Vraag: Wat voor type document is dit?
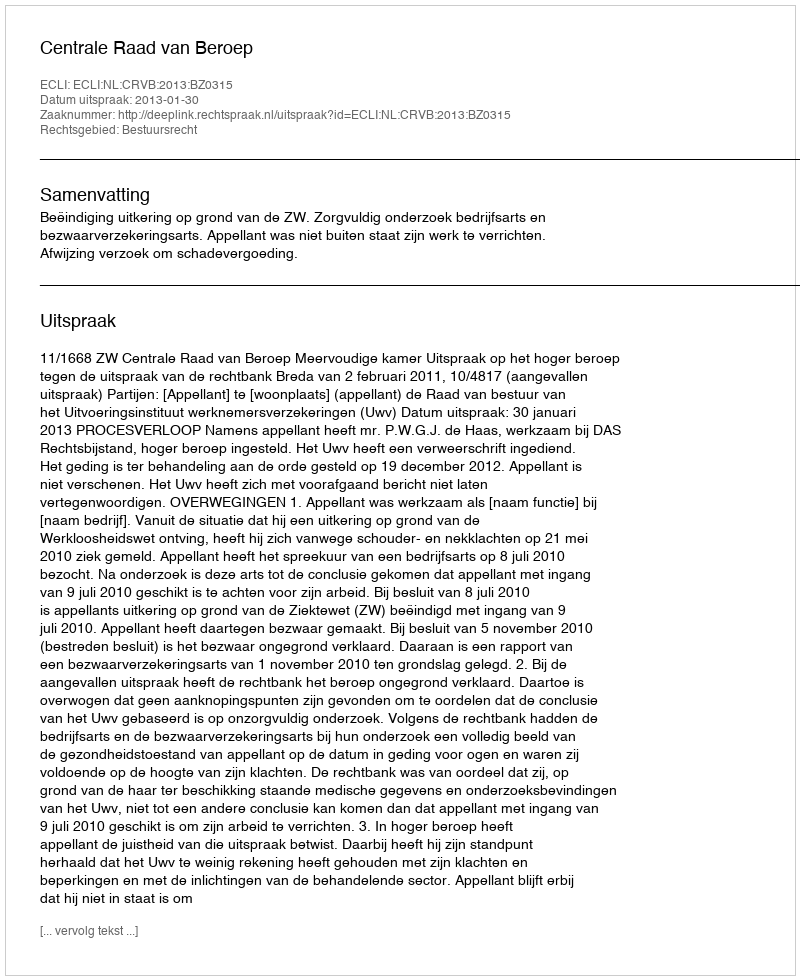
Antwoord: Uitspraak